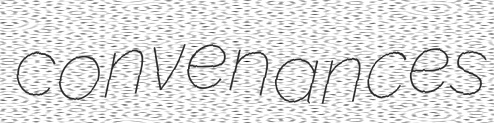
convenances